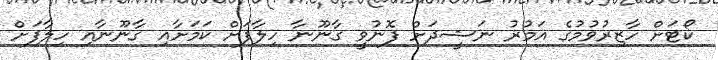
ކޯޓަށް ހާޒިރުވުމުގެ އަމުރު ނަޝީދަށް ފޮނުވީ ގާނޫނާ ހިލާފަށް ކަމަށާއި ގާނޫނާއި ހިލާފަށް